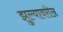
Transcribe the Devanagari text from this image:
झुल्यावरील